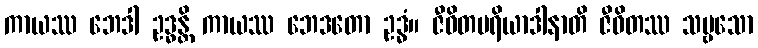
ကာယဿ ဘေဒါ ဥဒ္ဓန္တိ ကာယဿ ဘေဒတော ဥဒ္ဓံ။ ဇီဝိတပရိယာဒါနာတိ ဇီဝိတဿ သဗ္ဗသော